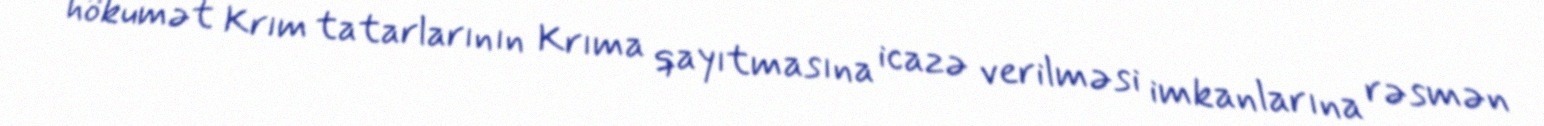
hökumət Krım tatarlarının Krıma qayıtmasına icazə verilməsi imkanlarına rəsmən